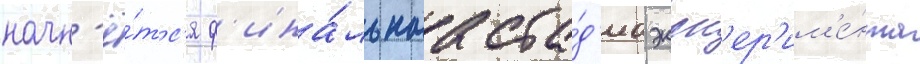
начн'ё́тс'я ф'ина́льнаа ста́д'иа эксп'ер'им'е́нта